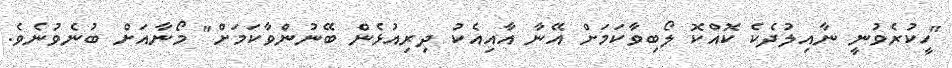
"ހީކުރެވުނީ ނާއިލުދެކެ ކޮއްކޮ ލޯބިވާކަމަށް އޭނާ އާއިއެކު ދިރިއުޅެން ބޭނުންވާކަމަށް" މޯނާއަށް ބުނެވުނެވެ.